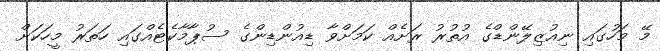
މޭ މަހުގައި ނިއުޒިލޭންޑްގެ އުތުރު ރަށެއް ކަމަށްވާ ޑިއުންޑިންގެ ސުޕާމާކެޓެއްގައި ހަތަރު މީހަކަށް